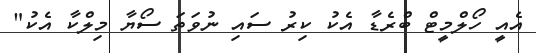
އެއީ ހޯލްމީޓް ބްރެޑާ އެކު ކިރު ސައި ނުވަތަ ސޯޔާ މިލްކާ އެކު"